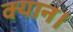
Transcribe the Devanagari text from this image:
क्यान।